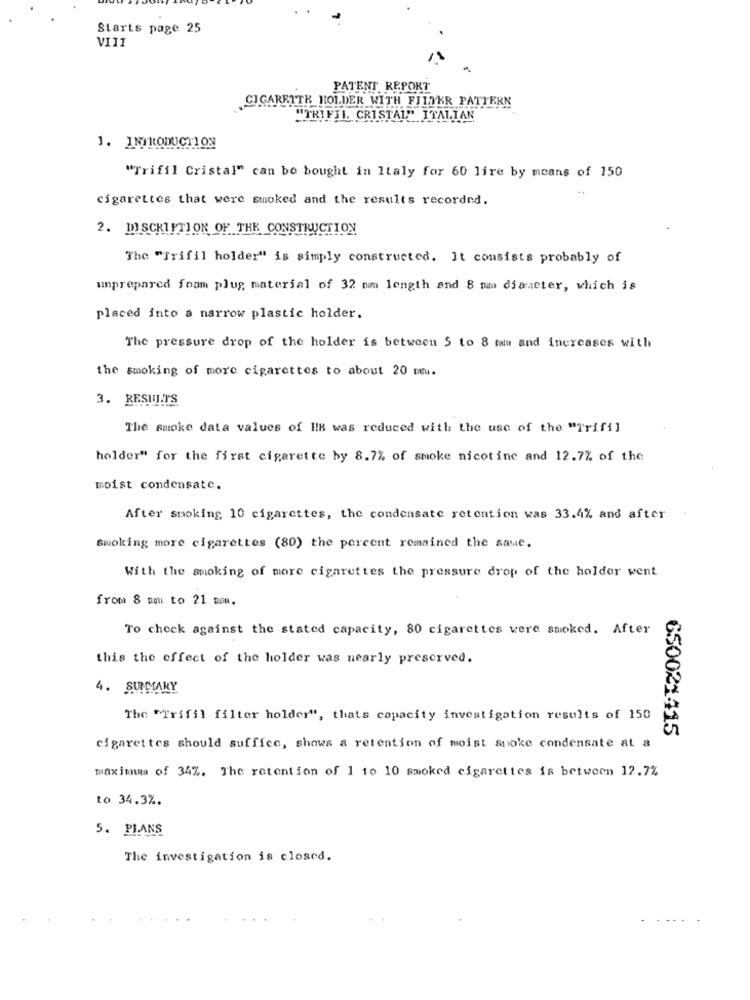
Starts page 25
VIII
PATENT REPORT
CIGARRITH HOLDER WITH FILTKR PATTERN
"TRIFIL CRISTAL"" ITALIAN
1. INTRODUCTION
"Trifil Cristal" can be bought in Italy for 60 lire by means of 150
..
cigarettes that were smoked and the results recorded.
2. DSCKIFTION OF THE CONSTRUCTION
The "Trifil holder" is simply constructed. It consists probably of
unprepared foam plug material of 32 nm length and 8 mm diameter, which is
placed into a narrow plastic holder.
The pressure drop of the holder is between 5 to 8 min and increases with
the smoking of more cigarettes to about 20 m.
3. RESULTS
The smoke data values of HE was reduced with the use of the "Trifi]
holder" for the first cigarette by 8.7% of smoke nicotine and 12.7% of the
moist condensate.
After smoking 10 cigarettes, the condensate retention was 33.4% and after
Smoking more cigarettes (80) the percent remained the same.
With the smoking of more cigarettes the pressure drop of the holder went
from 8 pm to 21 min.
To check against the stated capacity, 80 cigarettes were smoked. After
this the effect of the holder was nearly preserved.
4. SUMMARY
The "Trifil filter holder", thats capacity investigation results of 150
650021-415
cigarettes should suffice, shows a retention of moist snoke condensate at a
maximum of 34%. The retention of 1 to 10 smoked cigarettes is between 12.7%
to 34.3%.
5. PLANS
The investigation is closed.